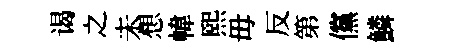
谒之未想幃煕毋反第儻鱗